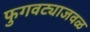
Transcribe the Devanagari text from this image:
फुगवट्याजवळ